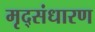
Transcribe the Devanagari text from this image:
मृद्‌संधारण